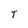
Character: T